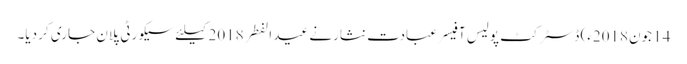
14 جون2018ء) ڈسٹرکٹ پولیس آفیسر عبادت نثارنے عید الفطر 2018کیلئے سیکورٹی پلان جاری کر دیا۔